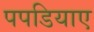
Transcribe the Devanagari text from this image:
पपडियाए